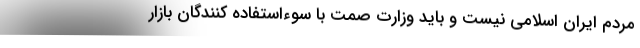
مردم ایران اسلامی نیست و باید وزارت صمت با سوءاستفاده‌ کنندگان بازار